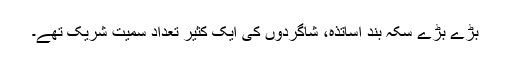
بڑے بڑے سکّہ بند اساتذہ، شاگردوں کی ایک کثیر تعداد سمیت شریک تھے۔